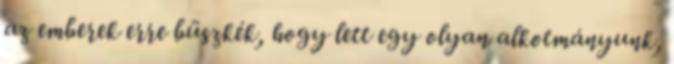
az emberek erre büszkék, hogy lett egy olyan alkotmányunk,